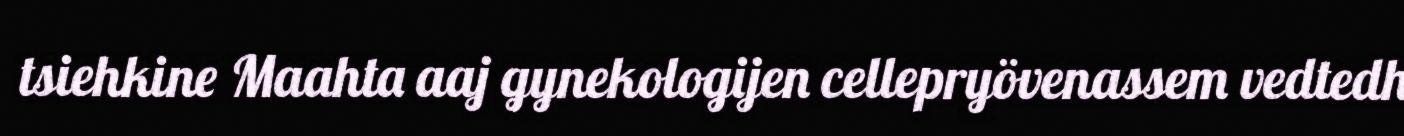
tsiehkine Maahta aaj gynekologijen cellepryövenassem vedtedh